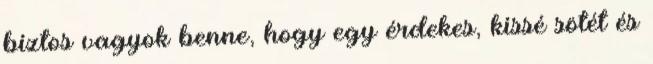
biztos vagyok benne, hogy egy érdekes, kissé sötét és